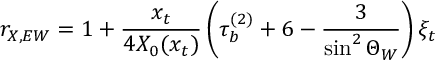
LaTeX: r _ { X , E W } = 1 + \frac { x _ { t } } { 4 X _ { 0 } ( x _ { t } ) } \left( \tau _ { b } ^ { ( 2 ) } + 6 - \frac { 3 } { \sin ^ { 2 } \Theta _ { W } } \right) \xi _ { t }